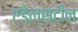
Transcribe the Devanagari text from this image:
एडेल्सटीन